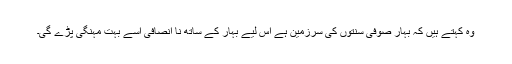
وہ کہتے ہیں کہ بہار صوفی سنتوں کی سرزمین ہے اس لیے بہار کے ساتھ نا انصافی اسے بہت مہنگی پڑے گی۔